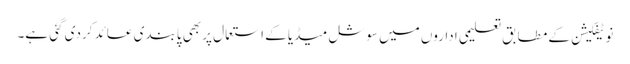
نوٹیفکیشن کے مطابق تعلیمی اداروں میں سوشل میڈیا کے استعمال پر بھی پابندی عائد کردی گئی ہے۔